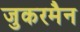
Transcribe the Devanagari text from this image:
जुकरमैन